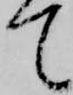
て